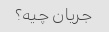
جریان چیه؟